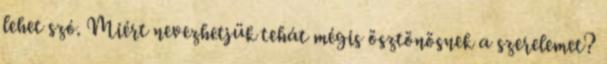
lehet szó. Miért nevezhetjük tehát mégis ösztönösnek a szerelemet?